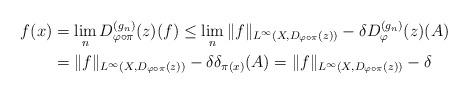
LaTeX: \begin{align*}f(x) &= \lim_{n} D_{\varphi \circ \pi}^{(g_{n})}(z)(f)\leq \lim_{n} \| f \|_{L^{\infty}(X,D_{\varphi \circ \pi}(z))} - \delta D_{\varphi}^{(g_{n})}(z)(A) \\&= \| f \|_{L^{\infty}(X,D_{\varphi \circ \pi}(z))} - \delta \delta_{\pi(x)}(A) = \| f \|_{L^{\infty}(X,D_{\varphi \circ \pi}(z))} - \delta\end{align*}